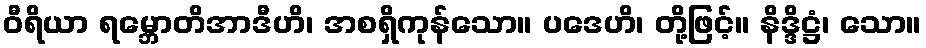
ဝီရိယာ ရမ္ဘောတိအာဒီဟိ၊ အစရှိကုန်သော။ ပဒေဟိ၊ တို့ဖြင့်။ နိဒ္ဒိဋ္ဌံ၊ သော။